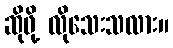
ဆိုဖို့ လိုသေးသလား။